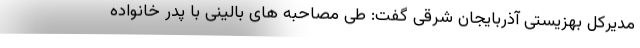
مدیرکل بهزیستی آذربایجان شرقی گفت: طی مصاحبه های بالینی با پدر خانواده